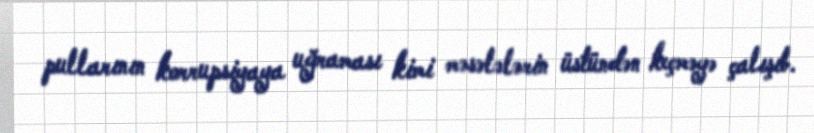
pullarının korrupsiyaya uğraması kimi məsələlərin üstündən keçməyə çalışıb.